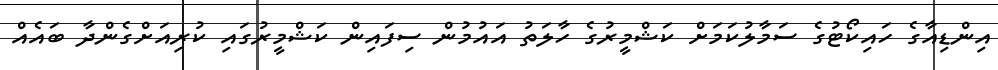
އިންޑިއާގެ ހައިކޯޓުގެ ސަމާލުކަމަށް ކަޝްމީރުގެ ހާލަތު އައުމުން ސިފައިން ކަޝްމީރުގައި ކުރިއަށްގެންދާ ބައެއް